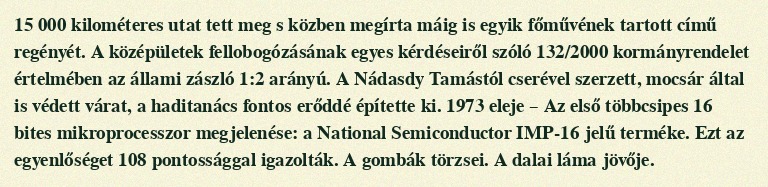
15 000 kilométeres utat tett meg s közben megírta máig is egyik főművének tartott című regényét. A középületek fellobogózásának egyes kérdéseiről szóló 132/2000 kormányrendelet értelmében az állami zászló 1:2 arányú. A Nádasdy Tamástól cserével szerzett, mocsár által is védett várat, a haditanács fontos erőddé építette ki. 1973 eleje – Az első többcsipes 16 bites mikroprocesszor megjelenése: a National Semiconductor IMP-16 jelű terméke. Ezt az egyenlőséget 108 pontossággal igazolták. A gombák törzsei. A dalai láma jövője.